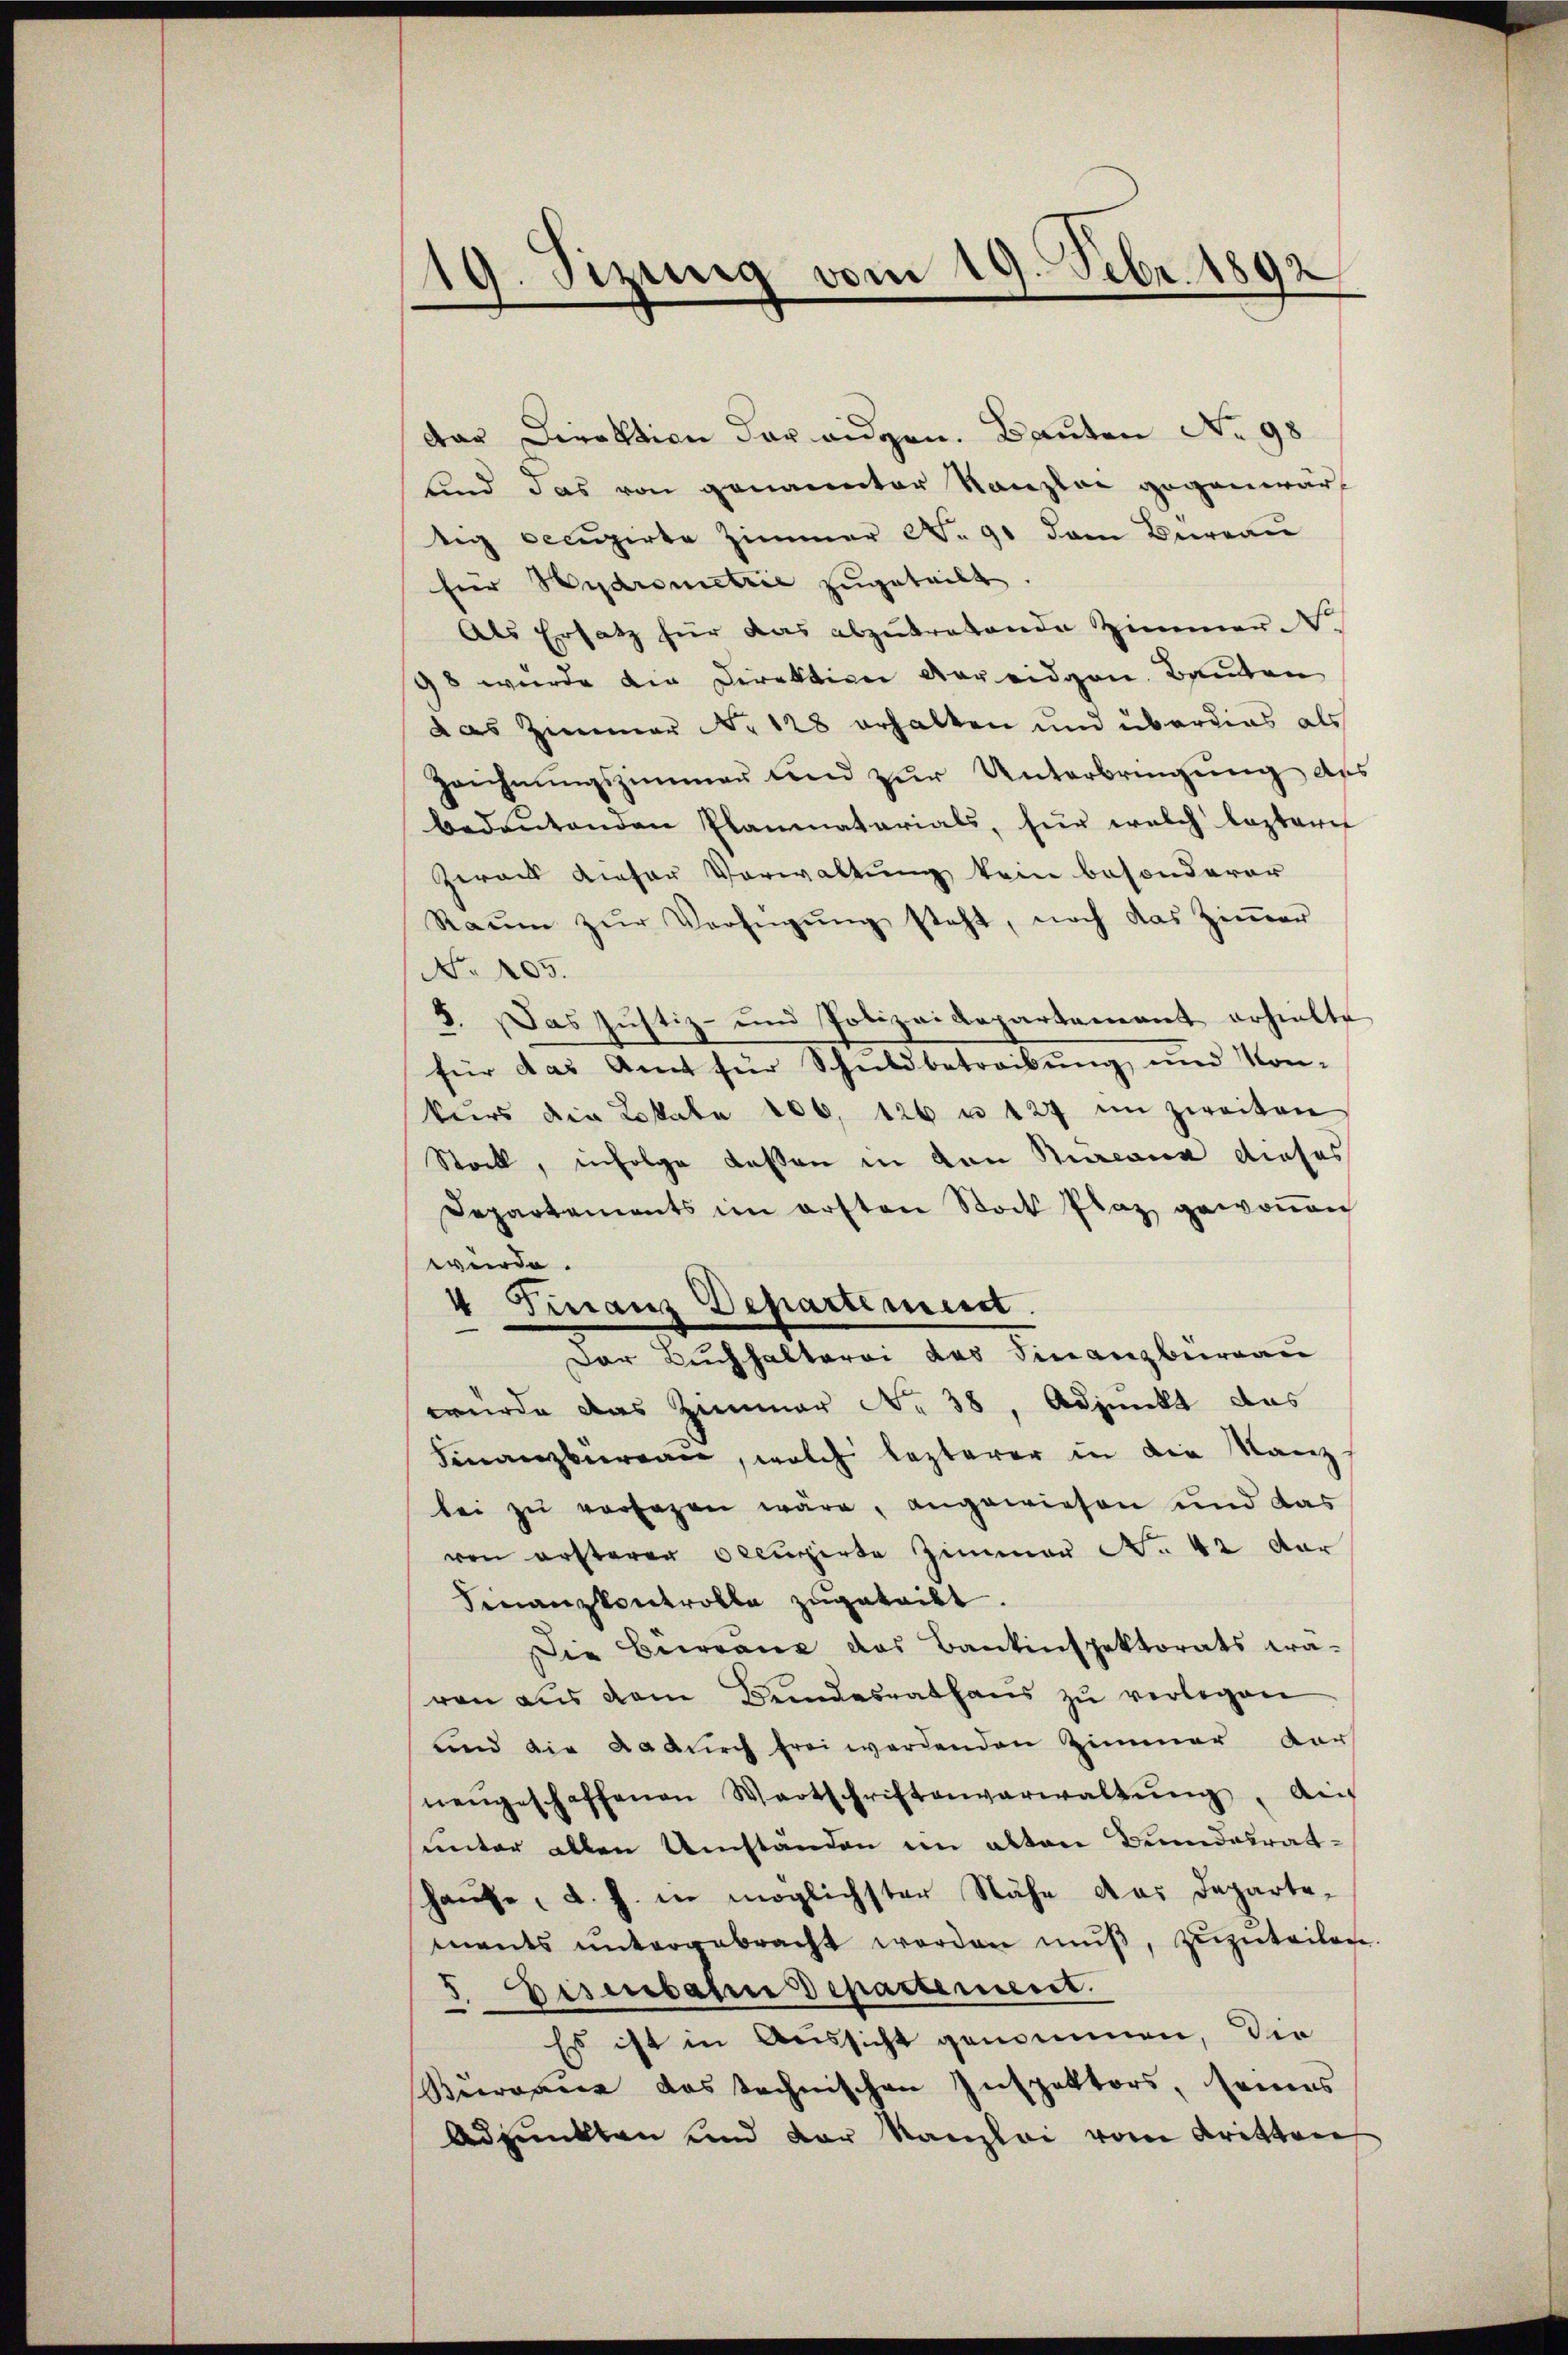
19. Sizung vom 19. Febr. 1892

dar Direktion der eidgen. Bauten No 98
lind das von genannter Kanzlei gegenwärtig cecŭzirte Zimmer No. 91 dem Büreaŭ
für Hydrometrie zugeteilt.
Als Ersatz für das abzŭtretende Zimmer N.
98 wurde die Direktion voreidgen. Bauten
das Zimmer No 128 erhalten und überdies als
Zeichnungszimmer und zur Unterbringung des
bedeutenden Planmaterials, für welch lezteres
Zwais dieser Verwaltung kein besonderer
Raŭm zŭr Verfügŭng steht, noch das Ziṁer
No 105.
5. Das Justiz- und Polizeidepartement erhielte
für das Amt für Schuldbetreibung und Kon-
kurs die Lokale 106. 126 u. 127 im zweiten
Stock, infolge deßen in den Bureaux dieses
Departements im ersten Stock Plaz gewonen
wurde.
Der Buchhalterei des Finanzbergan
wurde das Zimmer No 38, Adjunkt das
Finanzbüreau, welch lezterer in die Kanz
bei zŭ versagen wäre, angewiesen und das
ven ersterer Occupirte Zimmer No. 42 dar
Finanzkontrolle zugeteilt.
Die Bewegne das Bankinspektorats era-
ren aus dem Bundesrathaŭs zŭ verlegen
und die dadurch frei werdenden Zimmer dar
nengeschaffenen Wartschriftenverwaltŭng. Ai
unter allen Umständen im alten Bundesrat-
hause, d. h. in möglichster Nähe das Departe-
ments untergebracht werden mŭβ, zŭzŭteilen.
5. Eisenbaren Departement.
Es ist in Aussicht genommen, der
Büreau das technischen Inspektors, seines
Adpunkten und der Kanzlei vom Kritten

4 Finanz Departement.